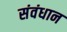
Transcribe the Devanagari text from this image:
संवंधान